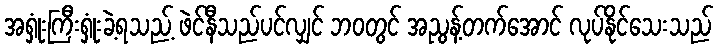
အရှုံးကြီးရှုံးခဲ့ရသည့် ဖဲင်နီသည်ပင်လျှင် ဘဝတွင် အညွန့်တက်အောင် လုပ်နိုင်သေးသည်